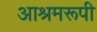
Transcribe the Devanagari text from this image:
आश्रमरूपी